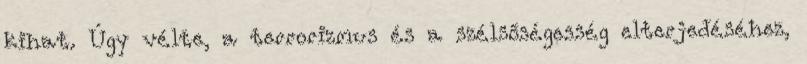
kihat. Úgy vélte, a terrorizmus és a szélsőségesség elterjedéséhez,